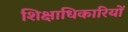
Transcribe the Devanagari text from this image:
शिक्षाधिकारियों